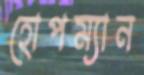
হোপম্যান